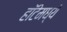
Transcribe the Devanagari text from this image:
हॉटेमध्ये